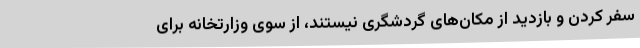
سفر کردن و بازدید از مکان‌های گردشگری نیستند، از سوی وزارتخانه برای